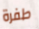
طفرة